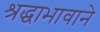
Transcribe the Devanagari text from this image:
श्रद्धाभावाने